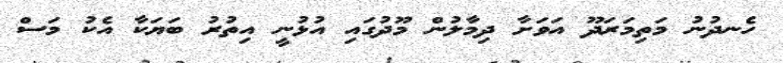
ހެނދުނު މަތިމަރަދޫ އަވަށާ ދިމާލުން މޫދުގައި އުޅުނީ އިތުރު ބަޔަކާ އެކު މަސް